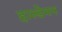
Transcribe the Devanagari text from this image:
हाल्डेमन